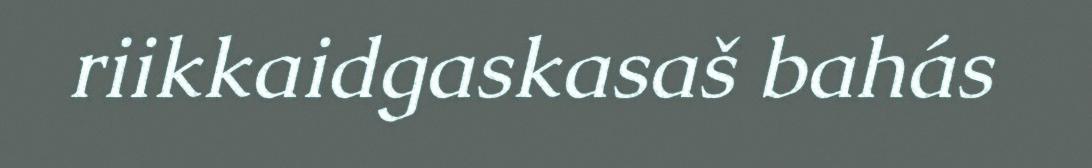
riikkaidgaskasaš bahás